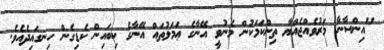
"އިންސާނާ މަރުވެއްޖެއްޔާ ތިންކަމަކުން މެނުވީ އޭނާގެ ޢަމަލުތައް އޭނާގެ ކިބައިން ކެޑިގެން ހިނގައިދެއެވެ.